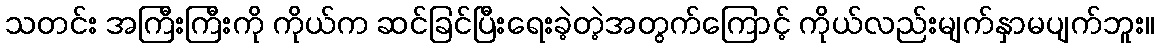
သတင်း အကြီးကြီးကို ကိုယ်က ဆင်ခြင်ပြီးရေးခဲ့တဲ့အတွက်ကြောင့် ကိုယ်လည်းမျက်နှာမပျက်ဘူး။